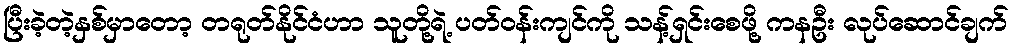
ပြီးခဲ့တဲ့နှစ်မှာတော့ တရုတ်နိုင်ငံဟာ သူတို့ရဲ့ ပတ်ဝန်းကျင်ကို သန့်ရှင်းစေဖို့ ကနဦး လုပ်ဆောင်ချက်